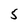
Character: 5